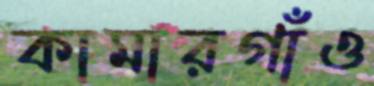
কামারগাঁও